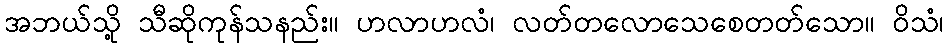
အဘယ်သို့ သီဆိုကုန်သနည်း။ ဟလာဟလံ၊ လတ်တလောသေစေတတ်သော။ ဝိသံ၊